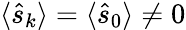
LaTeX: \langle\hat{s}_{k}\rangle=\langle\hat{s}_{0}\rangle\neq 0